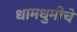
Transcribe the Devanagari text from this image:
धामधुमीचे